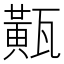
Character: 𤮏